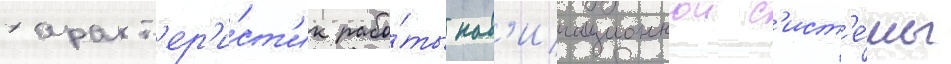
характ'ер'и́ст'ик рабо́ты нав'игационнои с'ист'е́мы